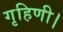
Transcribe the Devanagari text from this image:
गृहिणी।